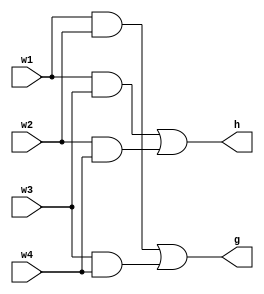
module verfunctions (w1, w2, w3, w4, g, h);
	input w1, w2, w3, w4;
	output g, h;
	
	assign g = (w1 & w2) | (w3 & w4);
	assign h = (w1 & w3) | (w2 & w4);
endmodule